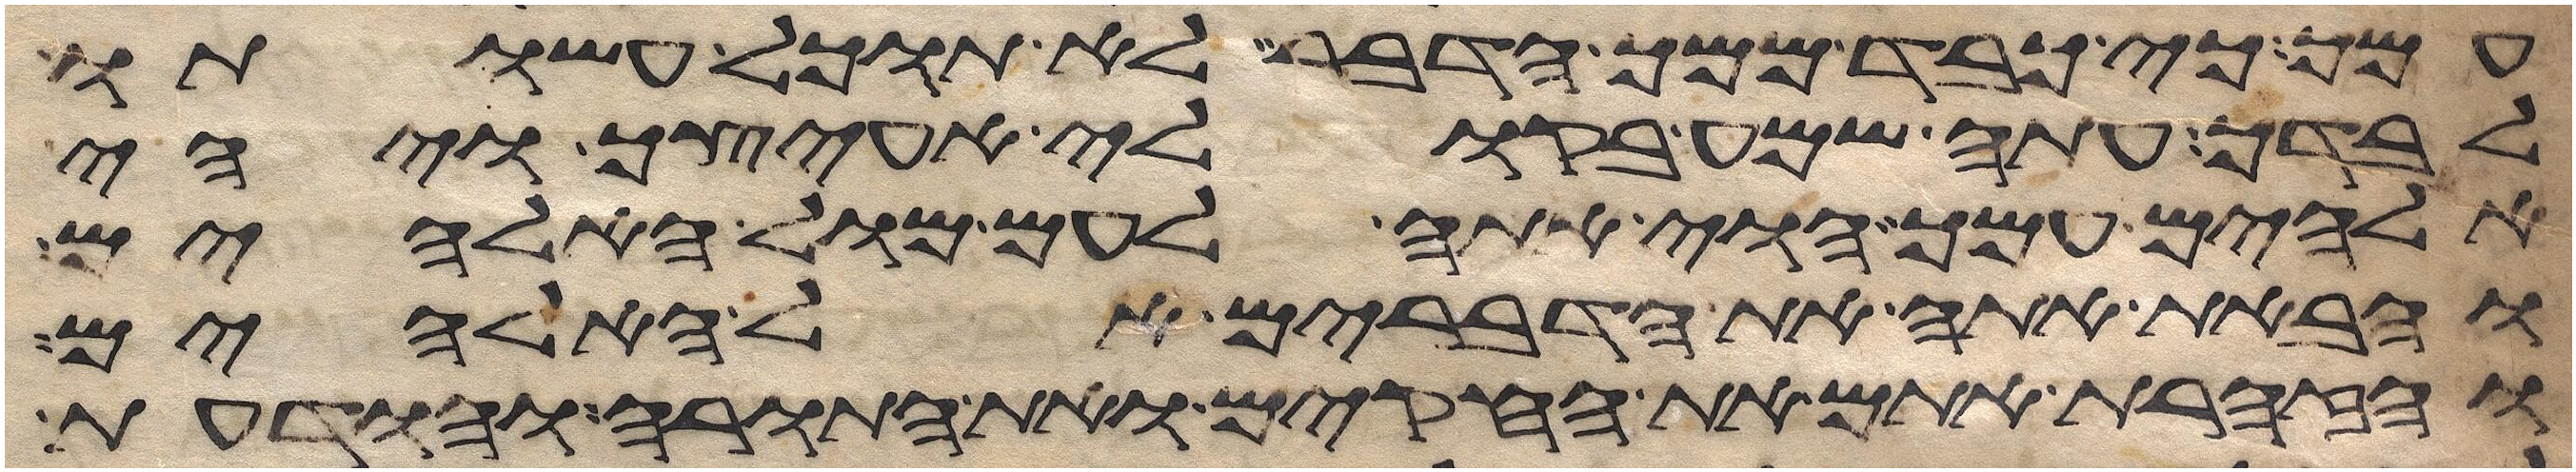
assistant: עמך כי כבד ממך הדבר לא תוכל עשותו
לבדך עתה שמע בקולי אעיצך ויהי
אלהים עמך הוי אתה לעם מול האלהים
והבאת אתה את הדברים אל האלהים
והזהרת אתם את החקים ואת התורה והודעת